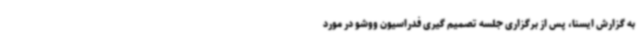
به گزارش ایسنا، پس از برگزاری جلسه تصمیم گیری فدراسیون ووشو در مورد